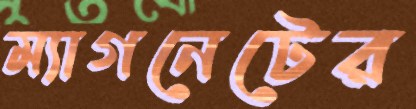
ম্যাগনেটের